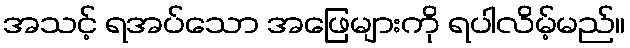
အသင့် ရအပ်သော အဖြေများကို ရပါလိမ့်မည်။